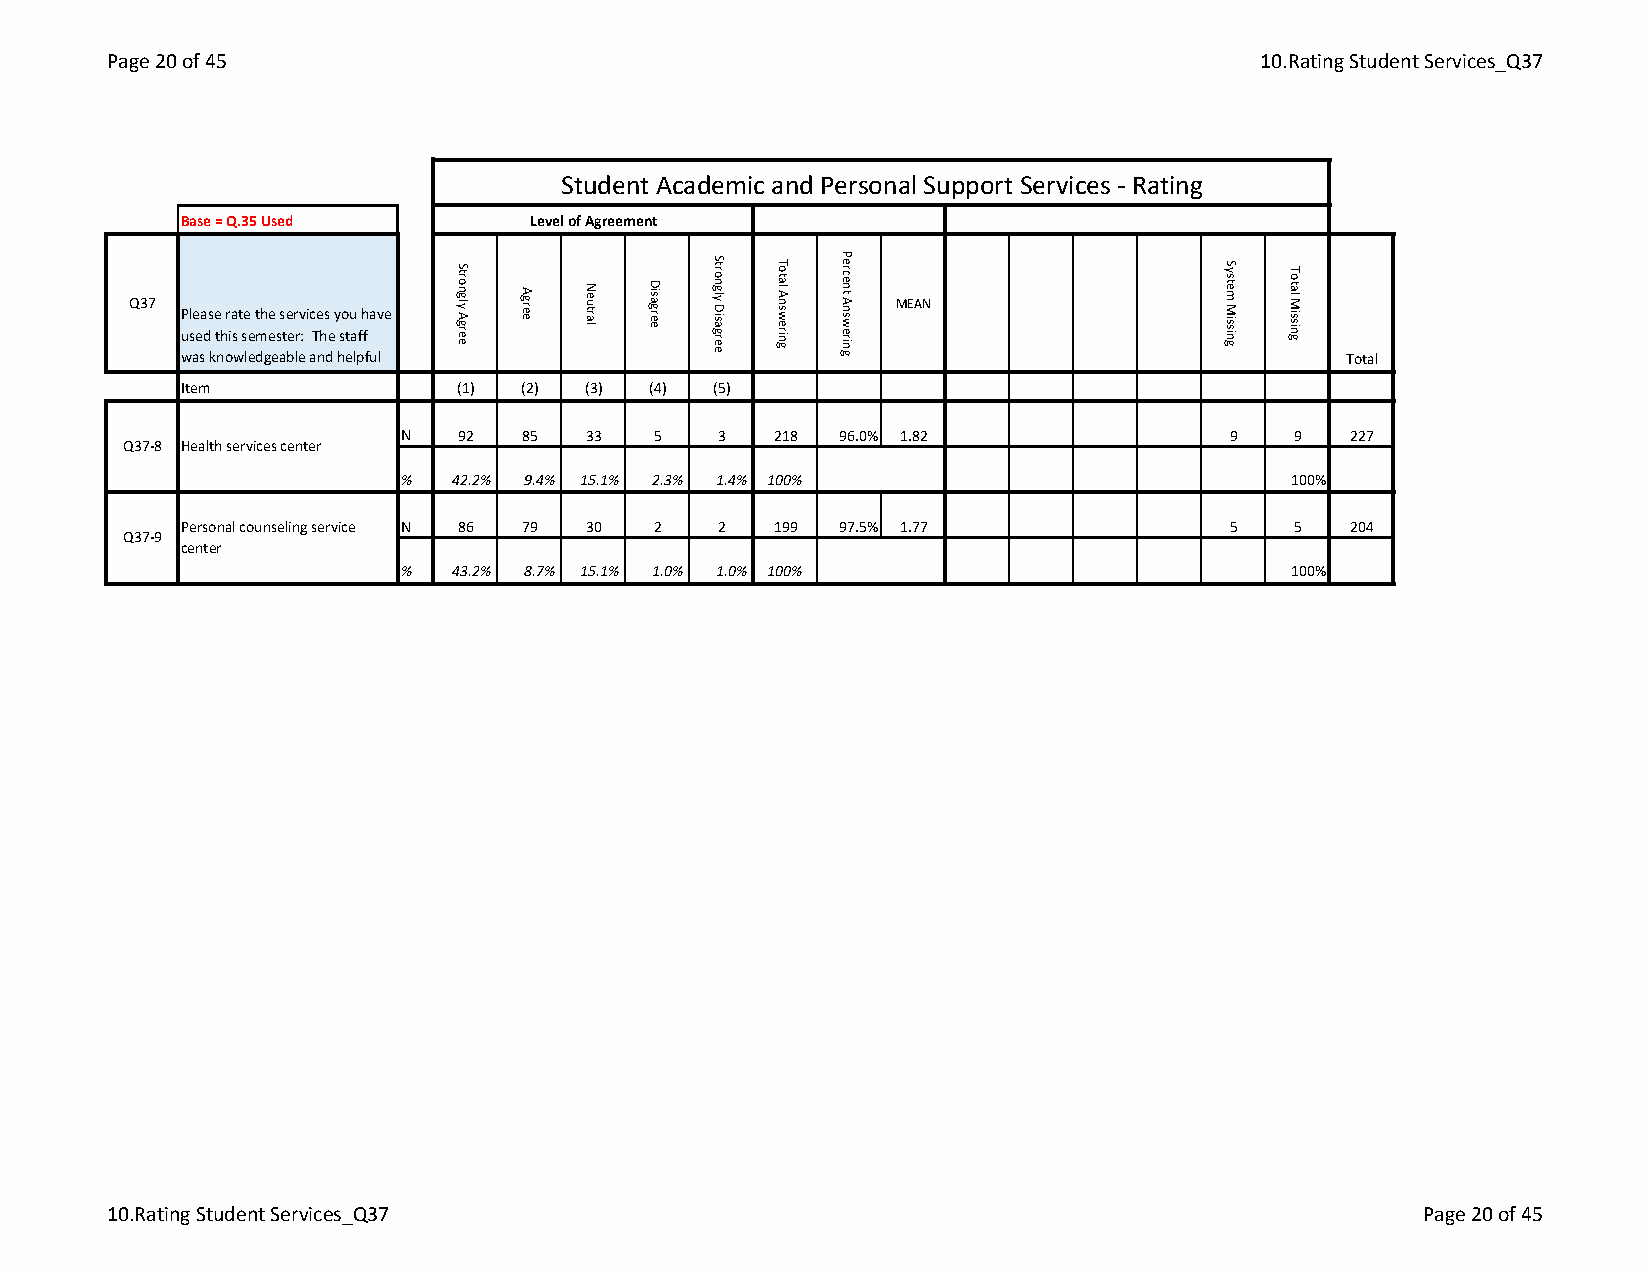
Page 20 of 45                                                               10.Rating Student Services_Q37
 Student Academic and Personal Support Services - Rating
 Base = Q.35 Used       Level of Agreement
 Q37                                                MEAN Please rate the services you have
 used this semester: The staff
 was knowledgeable and helpful                                                Total
 Item              (1) (2) (3)  (4) (5)
 N   92  85  33   5   3   218 96.0% 1.82                9   9   227
 Q37-8 Health services center
 %   42.2% 9.4% 15.1% 2.3% 1.4% 100%                        100%
 Personal counseling service N 86 79 30 2 2 199 97.5% 1.77            5   5   204
 Q37-9
 center
 %   43.2% 8.7% 15.1% 1.0% 1.0% 100%                        100%
 10.Rating Student Services_Q37                                                         Page 20 of 45
 Strongly
 Agree
 Agree Neutral Disagree
 Strongly
 Disagree
 Total
 Answering
 Percent
 Answering
 System
 Missing
 Total
 Missing